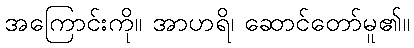
အကြောင်းကို။ အာဟရိ၊ ဆောင်တော်မူ၏။